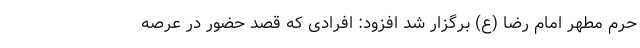
حرم مطهر امام رضا (ع) برگزار شد افزود: افرادی که قصد حضور در عرصه